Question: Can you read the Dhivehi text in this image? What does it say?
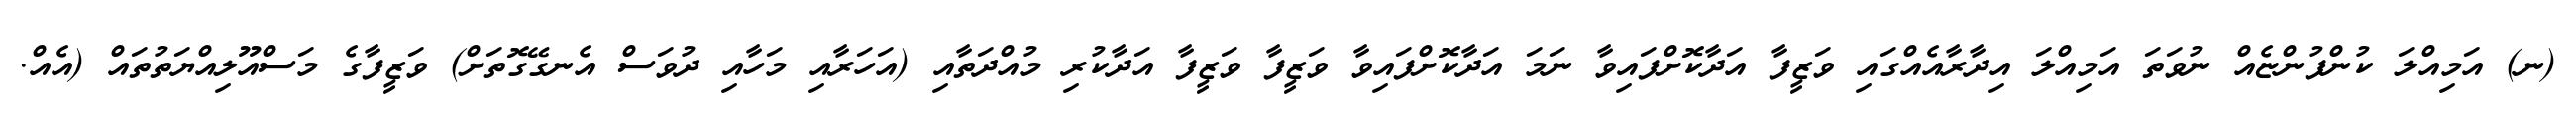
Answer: (ނ) އަމިއްލަ ކުންފުންޏެއް ނުވަތަ އަމިއްލަ އިދާރާއެއްގައި ވަޒީފާ އަދާކޮށްފައިވާ ނަމަ އަދާކޮށްފައިވާ ވަޒީފާ ވަޒީފާ އަދާކުރި މުއްދަތާއި (އަހަރާއި މަހާއި ދުވަސް އެނގޭގޮތަށް) ވަޒީފާގެ މަސްއޫލިއްޔަތުތައް (އެއް.